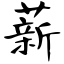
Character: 薪